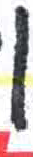
אות: ן